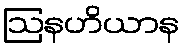
ဩနဟိယာန